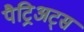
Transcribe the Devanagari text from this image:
पैट्रिअट्स